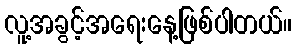
လူ့အခွင့်အရေးနေ့ဖြစ်ပါတယ်။